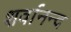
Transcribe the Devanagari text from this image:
शर्वानन्द